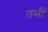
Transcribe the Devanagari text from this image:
तभीं